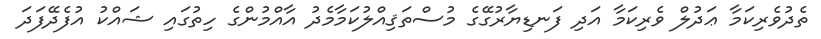
ތެދުވެރިކަމާ ޢަދުލް ވެރިކަމާ އަދި ފަނޑިޔާރުގޭގެ މުސްތަޤިއްލުކަމާމެދު އާއްމުންގެ ހިތުގައި ޝައްކު އުފެދޭފަދަ